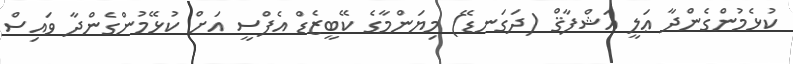
ކުޅެމުންގެންދާ ޢަލީ އަޝްފާޤް (ދަގަނޑޭ) މިޔަންމާގެ ކޭބީޒެޑް އެފްސީ އަށް ކުޅޭމުންގެންދާ ވައިސް